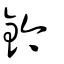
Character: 鈐